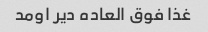
غذا فوق العاده دیر اومد